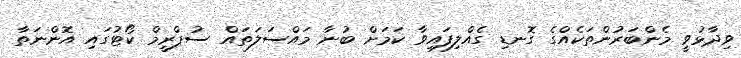
ވިދާޅުވީ މެންބަރުންތަކެއްގެ ގޮނޑި ގެއްލިފައިވާ ކަމަށް ބުނާ މައްސަލަތައް ސުޕްރީމް ކޯޓުގައި އޮންނަތާ